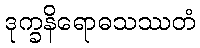
ဒုက္ခနိရောဓသဿတံ